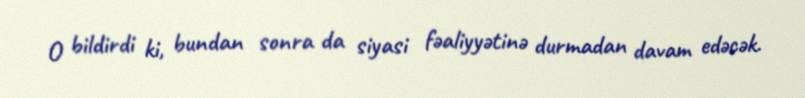
O bildirdi ki, bundan sonra da siyasi fəaliyyətinə durmadan davam edəcək.